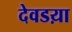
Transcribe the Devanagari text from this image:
देवडय़ा